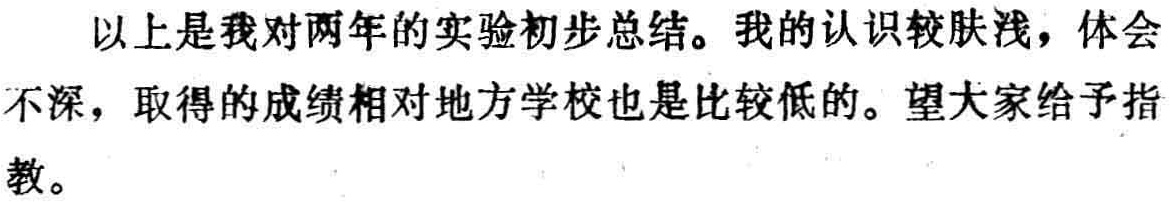
以上是我对两年的实验初步总结。我的认识较肤浅，体会不深，取得的成绩相对地方学校也是比较低的。望大家给予指教。